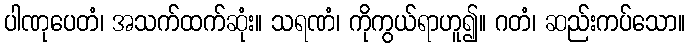
ပါဏုပေတံ၊ အသက်ထက်ဆုံး။ သရဏံ၊ ကိုကွယ်ရာဟူ၍။ ဂတံ၊ ဆည်းကပ်သော။